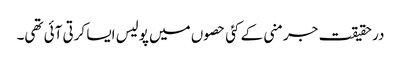
در حقیقت جرمنی کے کئی حصوں میں پولیس ایسا کرتی آئی تھی۔